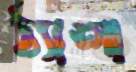
ঠ্যাঙ্গা